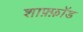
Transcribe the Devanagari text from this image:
शाफ़्फ़ॉड